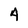
Character: 4